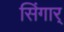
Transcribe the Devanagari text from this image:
सिंगार्